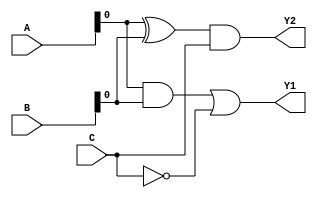
module comb_logic_block (
    input wire [3:0] A,       // 4-bit input signal A
    input wire [3:0] B,       // 4-bit input signal B
    input wire C,             // Single-bit input signal C
    output wire Y1,          // Output signal for function 1
    output wire Y2           // Output signal for function 2
);

    // Shared Logic
    wire and_ab;              // Intermediate signal for AND function
    wire not_c;               // Intermediate signal for NOT function

    // Compute shared logic
    assign and_ab = A & B;    // AND operation shared by Y1 and Y2
    assign not_c = ~C;        // NOT operation shared by both outputs

    // Logic Function 1 (Example: Y1 = A AND B OR NOT C)
    assign Y1 = and_ab | not_c; // Uses shared AND and NOT logic

    // Logic Function 2 (Example: Y2 = A XOR B AND C)
    // Utilize common logic
    assign Y2 = (A ^ B) & C;     // Separate paths for XOR and AND, no overlap

endmodule